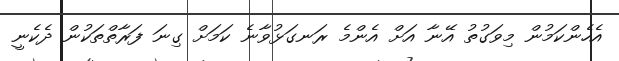
އެހެންކަމުން މިވަގުތު އޭނާ އަށް އެންމެ ރަނގަޅުވާނެ ކަމަށް ގިނަ ފަރާތްތަކުން ދެކެނީ